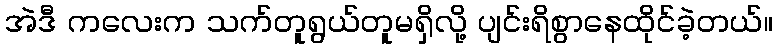
အဲဒီ ကလေးက သက်တူရွယ်တူမရှိလို့ ပျင်းရိစွာနေထိုင်ခဲ့တယ်။